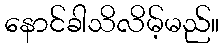
နောင်ခါသိလိမ့်မည်။